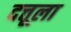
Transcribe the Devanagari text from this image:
दत्तूला